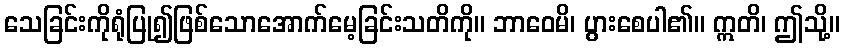
သေခြင်းကိုရုံပြု၍ဖြစ်သောအောက်မေ့ခြင်းသတိကို။ ဘာဝေမိ၊ ပွားစေပါ၏။ ဣတိ၊ ဤသို့။